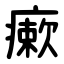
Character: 瘶